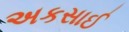
અકસાઈ